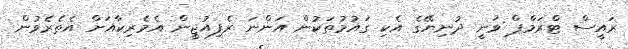
ރައީސް ޓްރަމްޕް ވަނީ ދުނިޔޭގެ އެކި ގައުމުތަކުން އަންނަ ރެފިއުޖީން އެމެރިކާއަށް އެތެރެވުން